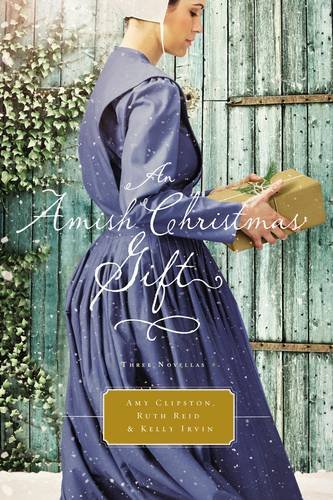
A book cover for An Amish Christmas Gift: Three Amish Novellas; Amy Clipston; Romance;